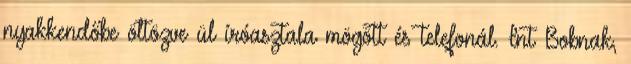
nyakkendőbe öltözve ül íróasztala mögött és telefonál. Int Bobnak,